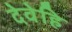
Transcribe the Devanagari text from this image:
देवेहि